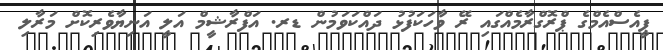
ޕީއެސްއެމްގެ ޕްރޮގްރާމެއްގައި ރޭ ވާހަކަފުޅު ދައްކަވަމުން ޑރ. އަފްރާޝީމް އަލީ އަނިޔާވެރިކޮށް މަރާލި